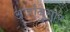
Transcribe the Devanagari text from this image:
अर्जानुसार